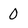
Character: 0